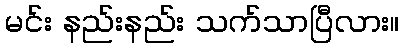
မင်း နည်းနည်း သက်သာပြီလား။